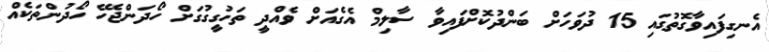
އެނގިފައިވާގޮތުގައި 15 ދުވަހަށް ބަންދުކޮށްފައިވާ ސާލިމް އެގެެއަށް ވެއްދީ ތަހުގީގުގަށް ހޯދަންޖެހޭ ހޯދުންތަކެއް